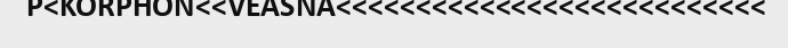
P<KORPHON<<VEASNA<<<<<<<<<<<<<<<<<<<<<<<<<<<